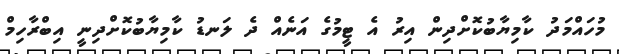
މުހައްމަދު ކާމިޔާބުކޮށްދިން އިރު އެ ޓީމުގެ އަނެއް ދެ ލަނޑު ކާމިޔާބުކޮށްދިނީ އިބްރާހިމް